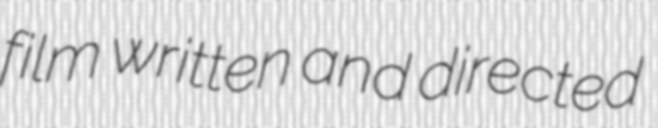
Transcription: film written and directed